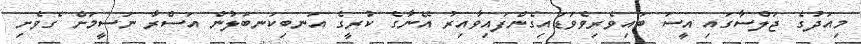
މިއަދުގެ ޖަލްސާގައި އީސަ ބައިވެރިވެވަޑައިގެންފައިވާއިރު އޭނާގެ ކުރީގެ އަނބިކަނބަލުން އަސްރާ ނަސީމަށް ގެވެށި